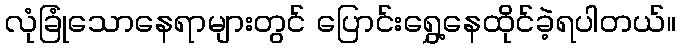
လုံခြုံသောနေရာများတွင် ပြောင်းရွှေ့နေထိုင်ခဲ့ရပါတယ်။